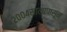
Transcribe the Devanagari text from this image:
२००४सालापासून